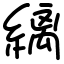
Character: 縭